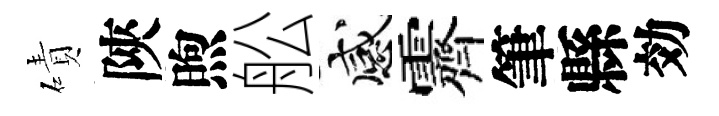
磧陝煦舩感霽筆縣効